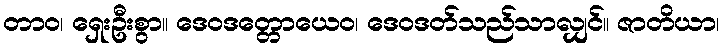
တာဝ၊ ရှေးဦးစွာ။ ဒေဝဒတ္တောယေဝ၊ ဒေဝဒတ်သည်သာလျှင်။ ဇာတိယာ၊